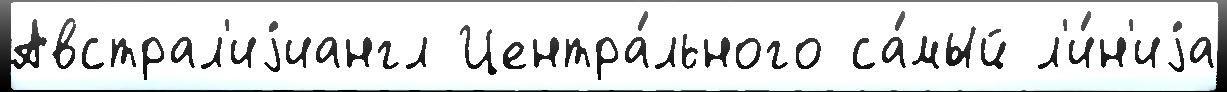
Австрал'иjиангл Центра́льного са́мый л'и́н'иjа